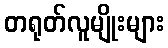
တရုတ်လူမျိုးများ